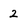
Character: 2